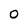
Character: O